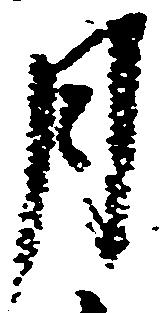
月